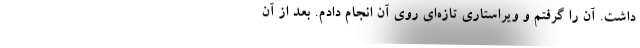
داشت. آن را گرفتم و ویراستاری تازه‌ای روی آن انجام دادم. بعد از آن